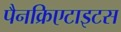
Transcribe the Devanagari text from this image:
पैनक्रिएटाइटस